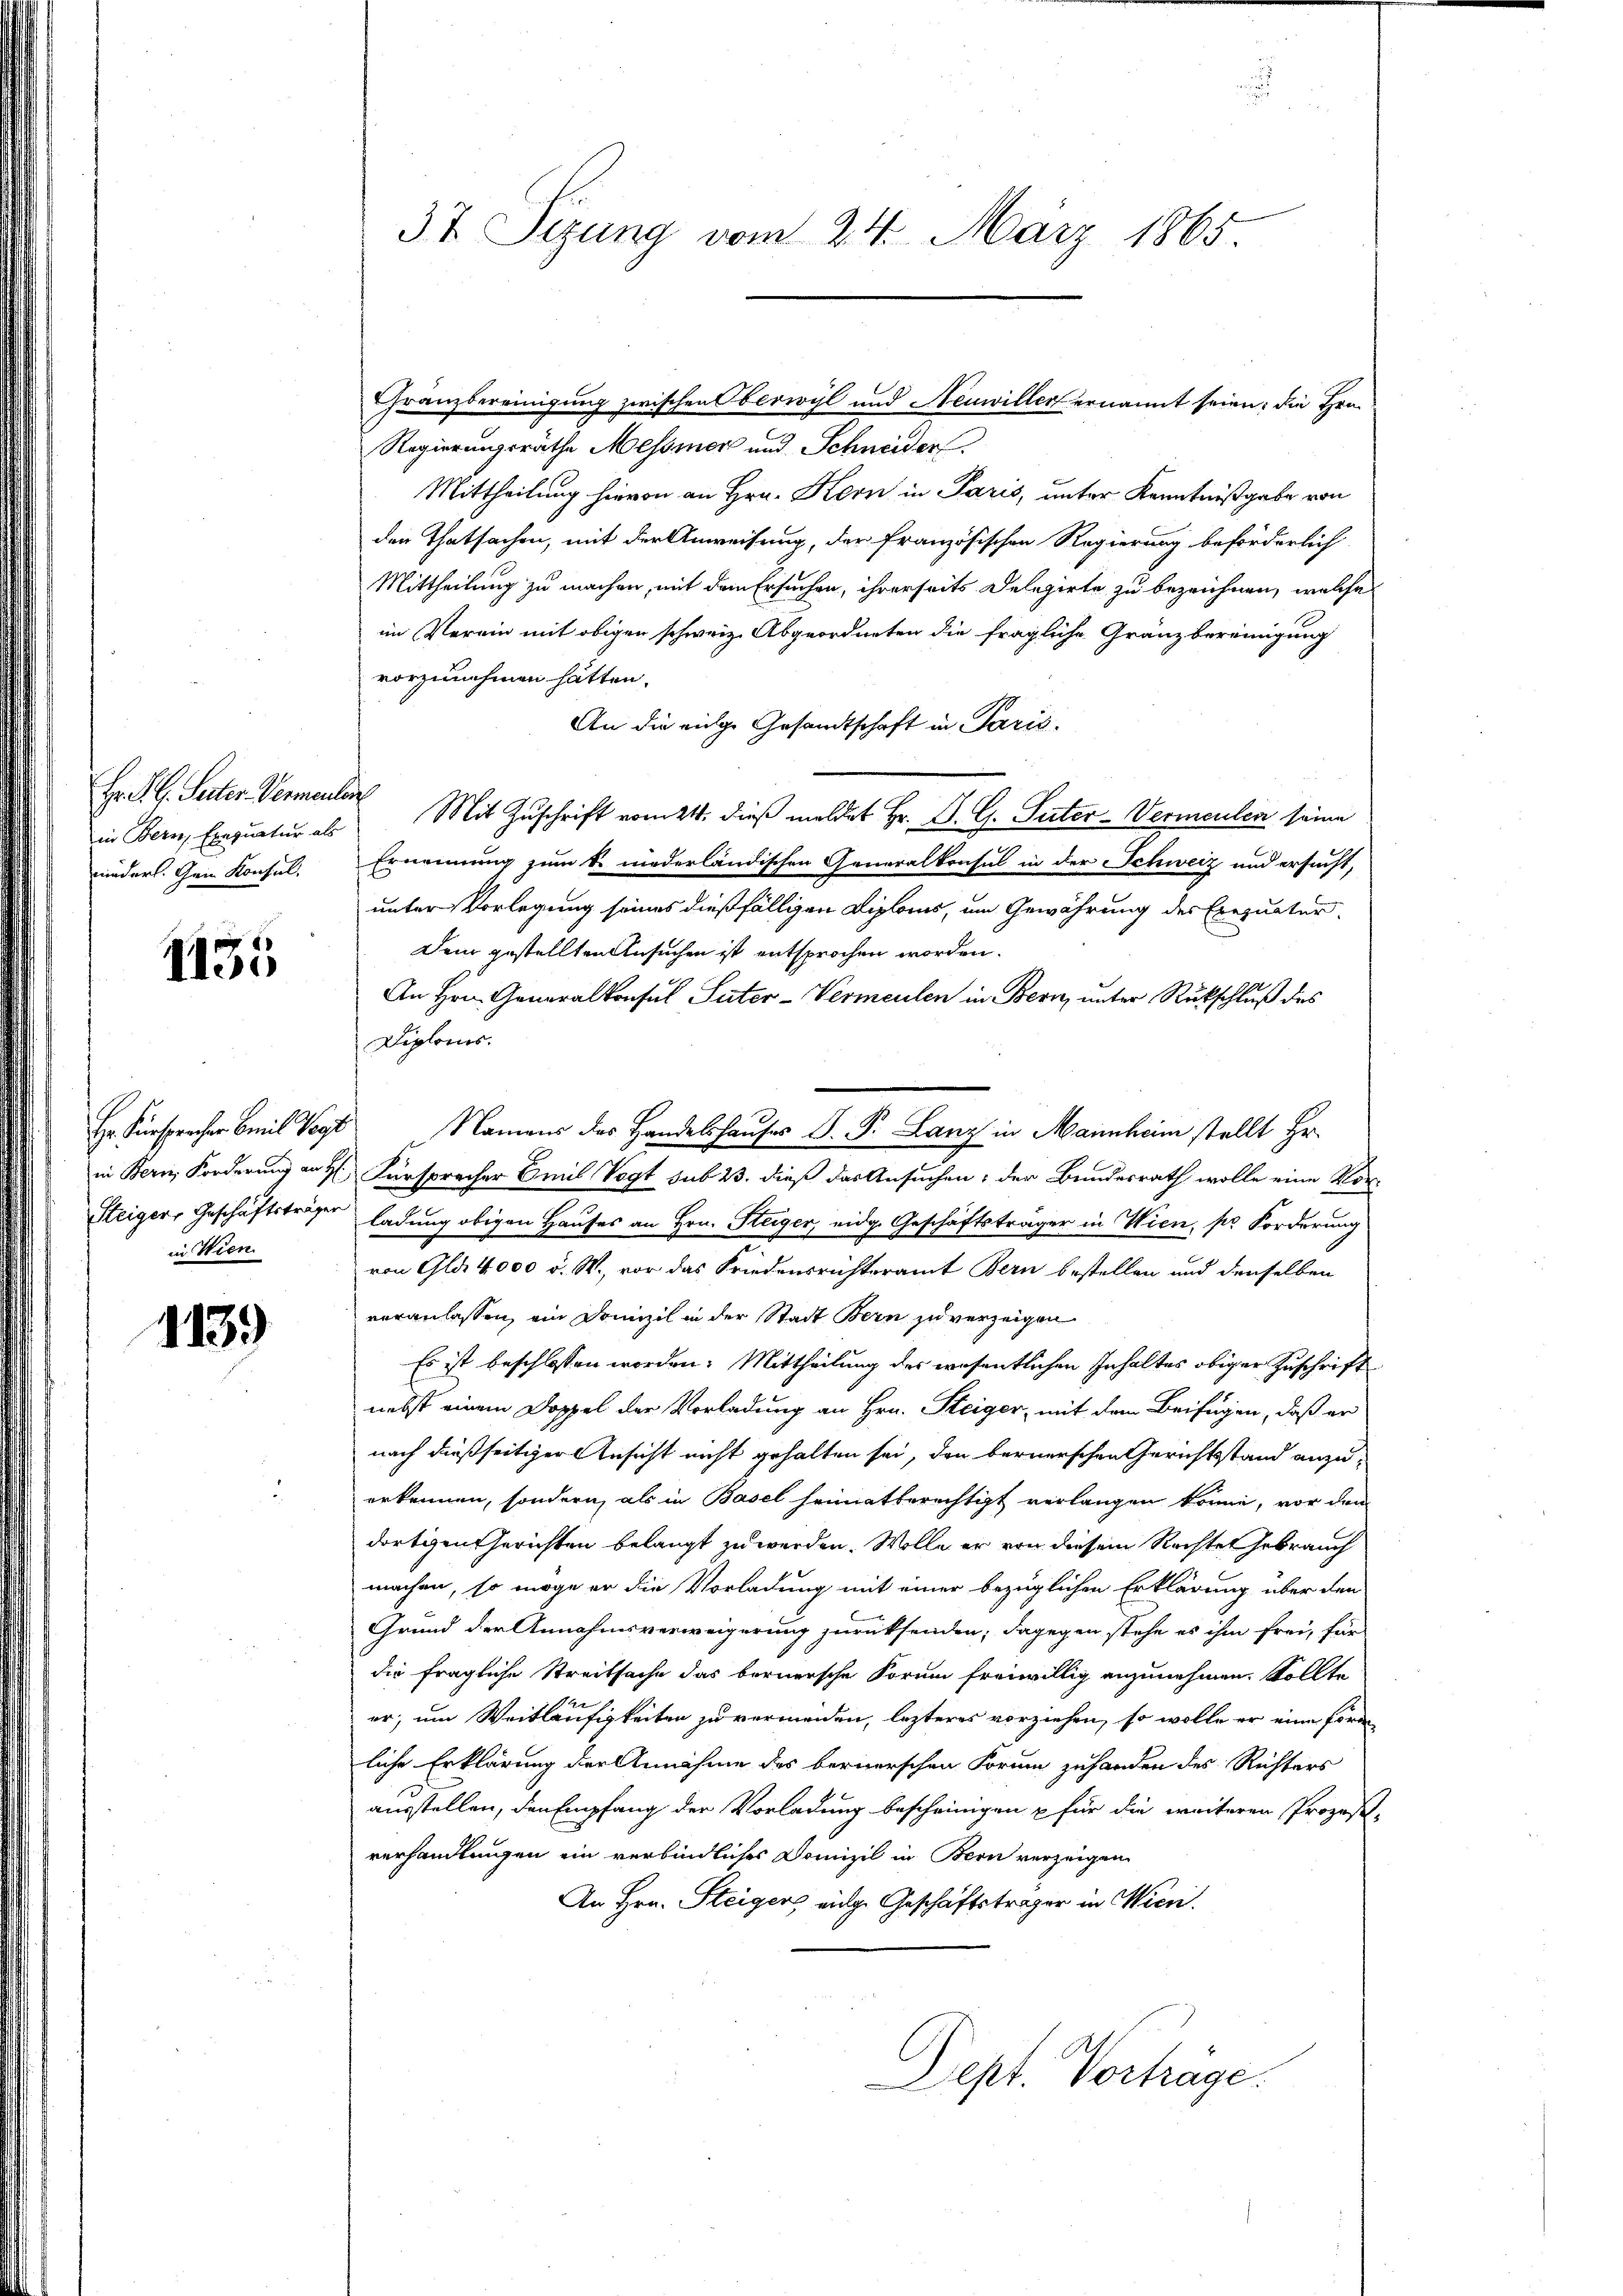
Hr. K. G. Seiter Vermenlan
in Bern, Exequatur als
nieders. Gem Konsul,

1135

Hr. Fürspracher mit Vogt
in Bern, Forderung an H
Steiger, Geschäftsträger
in Wien.

1139

37 Sizung vom 24. März 1865.

Franzbereinigung zwischen Oberwyl und Neuwiller ernannt seien; die Hrn.
Regierungsräthe Messiner und Schneider
Mittheilung hievon an Hrn. Kern in Paris, unter Kenntnißgabe von
den Thatsachen, mit der Anweisung, der französischen Regierung beförderlich
Mittheilung zu machen, mit dem Ersuchen, ihrerseits Delegirte zu bezeichnen, welche
im Verein mit obigen schweiz. Abgeordneten die fragliche Gränzbereinigung
vorzunehmen hätten.
An die eige Gesandtschaft in Paris.
Mit Zuschrift vom 24. dieß meldet Hr. P. G. Suter-Vermeulen seine
Ernennung zum S. niederländischen Generalkonsul in der Schweiz und ersucht,
unter Vorlegung seines dießfälligen Diploms, um Gewährung des Exequatur
Dem gestellten Ansuchen ist entsprochen worden.
An Hrn. Generalkonsul Suter-Vermeulen in Bern, unter Rückschluß des
Diplomes.
Fürspracher Emil Vogt sub 23. dieß das Ansuchen; der Bundesrath wolle eine Vor-
ladung obigen Hauses an Hrn. Steiger, eidg. Geschäftsträger in Wien, pr Forderung
von Gla 4,000 d. W., vor das Friedensrichteramt Bern bestellen und denselben
veranlassen, ein Domizil in der Stadt Bern zu verzeigen
Es ist beschlossen worden. Mittheilung des wesentlichen Inhaltes obiger Zuschrift
nebst einem Doppel der Vorladung an Hrn. Steiger, mit dem Beifügen, daß er
nach dießseitiger Ansicht nicht gehalten sei, den bernerschen Gerichtsstand anzuerkennen, sondern, als in Basel heimatberechtigt verlangen könne, vor den
dortigen Gerichten belangt zu werden. Wolle er von diesem Rechtet Gebrauch
machen, so möge er die Vorladung mit einer bezüglichen Erklärung über den
Grund der Annahmsverweigerung zurücksenden; dagegen stehe es ihm frei, für
die fragliche Streitsache das bernersche Sorum freiwillig anzunehmen. Sollte
er, um Weitläufigkeiten zu vermeiden, lezteres vorziehen, so wolle er eine Form
liche Erklärung der Annahme des bernerschen Forum zuhanden des Richters
ausstellen, den Empfang der Vorladung bescheinigen u für die weiteren Prozess-
verhandlungen ein verbindliches Domizil in Bern verzeigen
An Hrn. Steigens eige Geschäftsträger in Wien.
Dept. Vortrage.

Namens des Handelshauses D. P. Lanz in Mannheim stellt Hr.